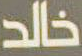
خالد